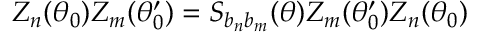
Z _ { n } ( \theta _ { 0 } ) Z _ { m } ( \theta _ { 0 } ^ { \prime } ) = S _ { b _ { n } b _ { m } } ( \theta ) Z _ { m } ( \theta _ { 0 } ^ { \prime } ) Z _ { n } ( \theta _ { 0 } )